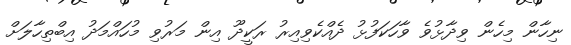
ނިހާން މިހެން ވިދާޅުވެ ވާހަކަފުޅު ދެއްކެވިއިރު ރަކީދޫ އިން މަރުވި މުހައްމަދު އިބްތިހާލަށް